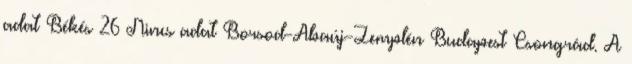
adat Békés 26 Nincs adat Borsod-Abaúj-Zemplén Budapest Csongrád. A